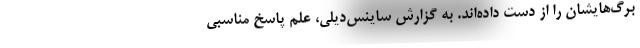
برگ‌هایشان را از دست داده‌اند. به گزارش ساینس‌دیلی، علم پاسخ مناسبی